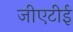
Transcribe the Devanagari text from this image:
जीएटीई